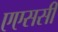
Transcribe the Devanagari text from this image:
एएससी